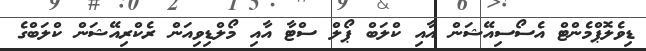
ޑިވެލޮޕްމެންޓް އެސޯސިއޭޝަން އާއި ކްލަބް ޕޯލް ސްޓާ އާއި މޯލްޑިވިއަން ރެކްރިއޭޝަން ކްލަބްގެ